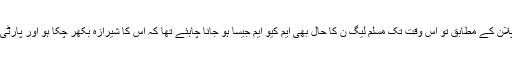
’’اُن‘‘ کے پلان کے مطابق تو اِس وقت تک مسلم لیگ ن کا حال بھی ایم کیو ایم جیسا ہو جانا چاہئے تھا کہ اُس کا شیرازہ بکھر چکا ہو اور پارٹی تتر بتر ہو۔